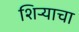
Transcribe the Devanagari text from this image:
शिर्‍याचा